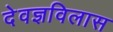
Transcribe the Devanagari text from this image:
देवज्ञविलास